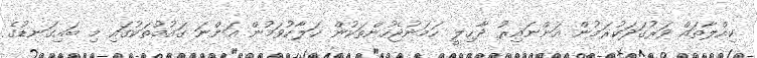
ކިއްލާތައް ވަރުގަދަކުރަމުން އަންނައިރު ދާޚިލީ ހަމަނުޖެހުންތަކުން ހަލާކުވަމުން އަންނަ ގައުމުތަކުގައި މި ބައިގަނޑުގެ